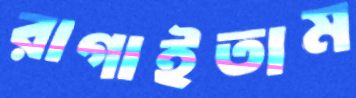
রাগাইতাম